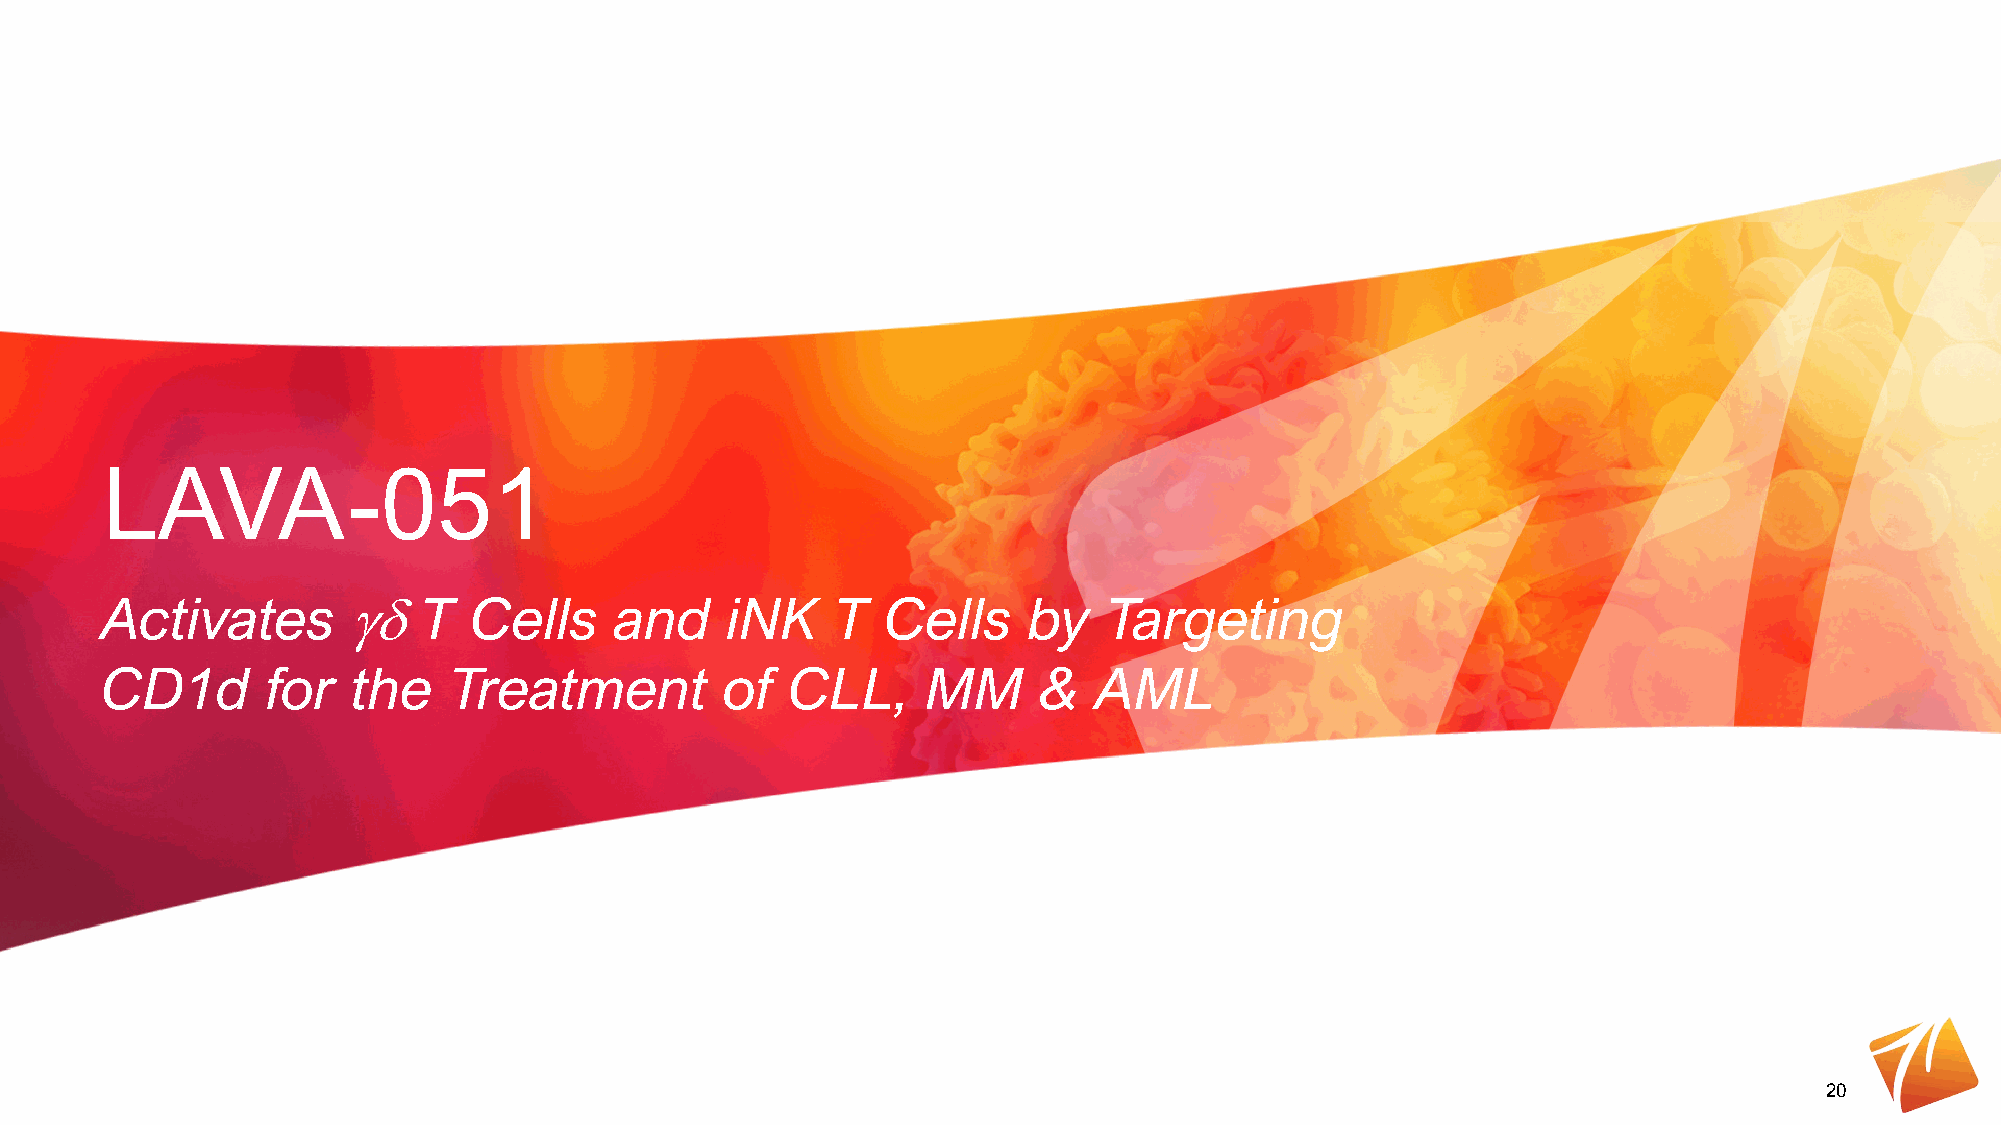
LAVA-051
 Activates       γδT     Cells     and    iNK    T   Cells    by   Targeting
 CD1d       for  the    Treatment         of  CLL,     MM      &   AML
 20